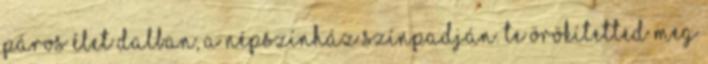
Páros élet dalban, a Népszínház színpadján. Te örökítetted meg